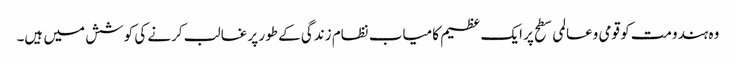
وہ ہندومت کو قومی وعالمی سطح پر ایک عظیم کامیاب نظام زندگی کے طور پر غالب کرنے کی کوشش میں ہیں۔